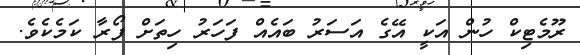
ރޫމެޓިކް ހުން އަކީ އޭގެ އަސަރު ބައެއް ފަހަރު ހިތަށް ފޯރާ ކަމެކެވެ.